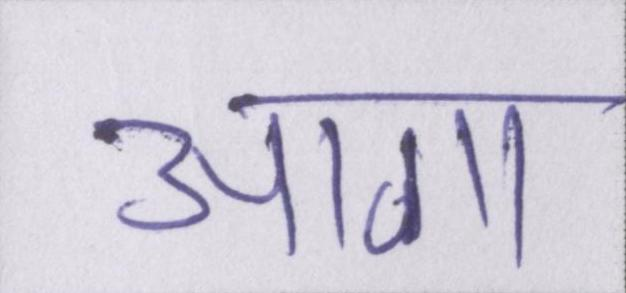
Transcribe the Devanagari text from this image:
आगा